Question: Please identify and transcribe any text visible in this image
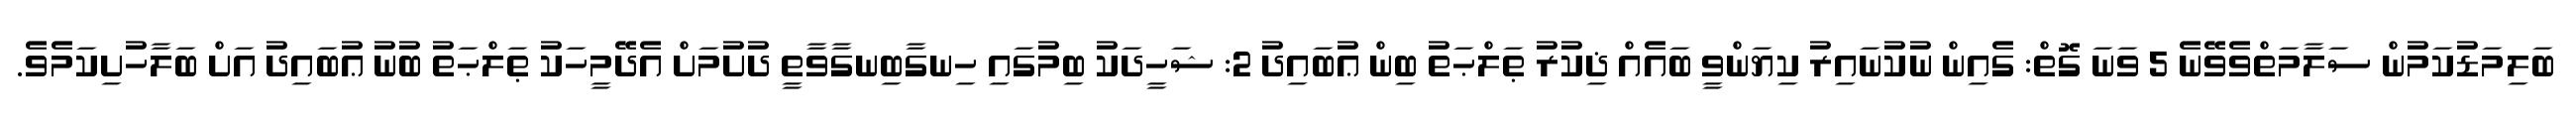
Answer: ބަލިމަޑުކަމުން ސަލާމަތްވެވޭނެ 5 ވަނަ ގޮތް: ގެއިން ނުކުނައިރު ކިޔަންވީ ބައެއް ޛިކުރު ޠަލްޙަތު ބިން ޢުބައިދު 2: ޝަހީދަކު ބިމުގައި ހިނގާބިނގާވާތީ ދުށުމަށް އެދޭމީހަކު ޠަލްޙަތު ބުނު ޢުބައިދު އަށް ބަލާހުށިކަމެވެ.